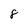
Character: 8